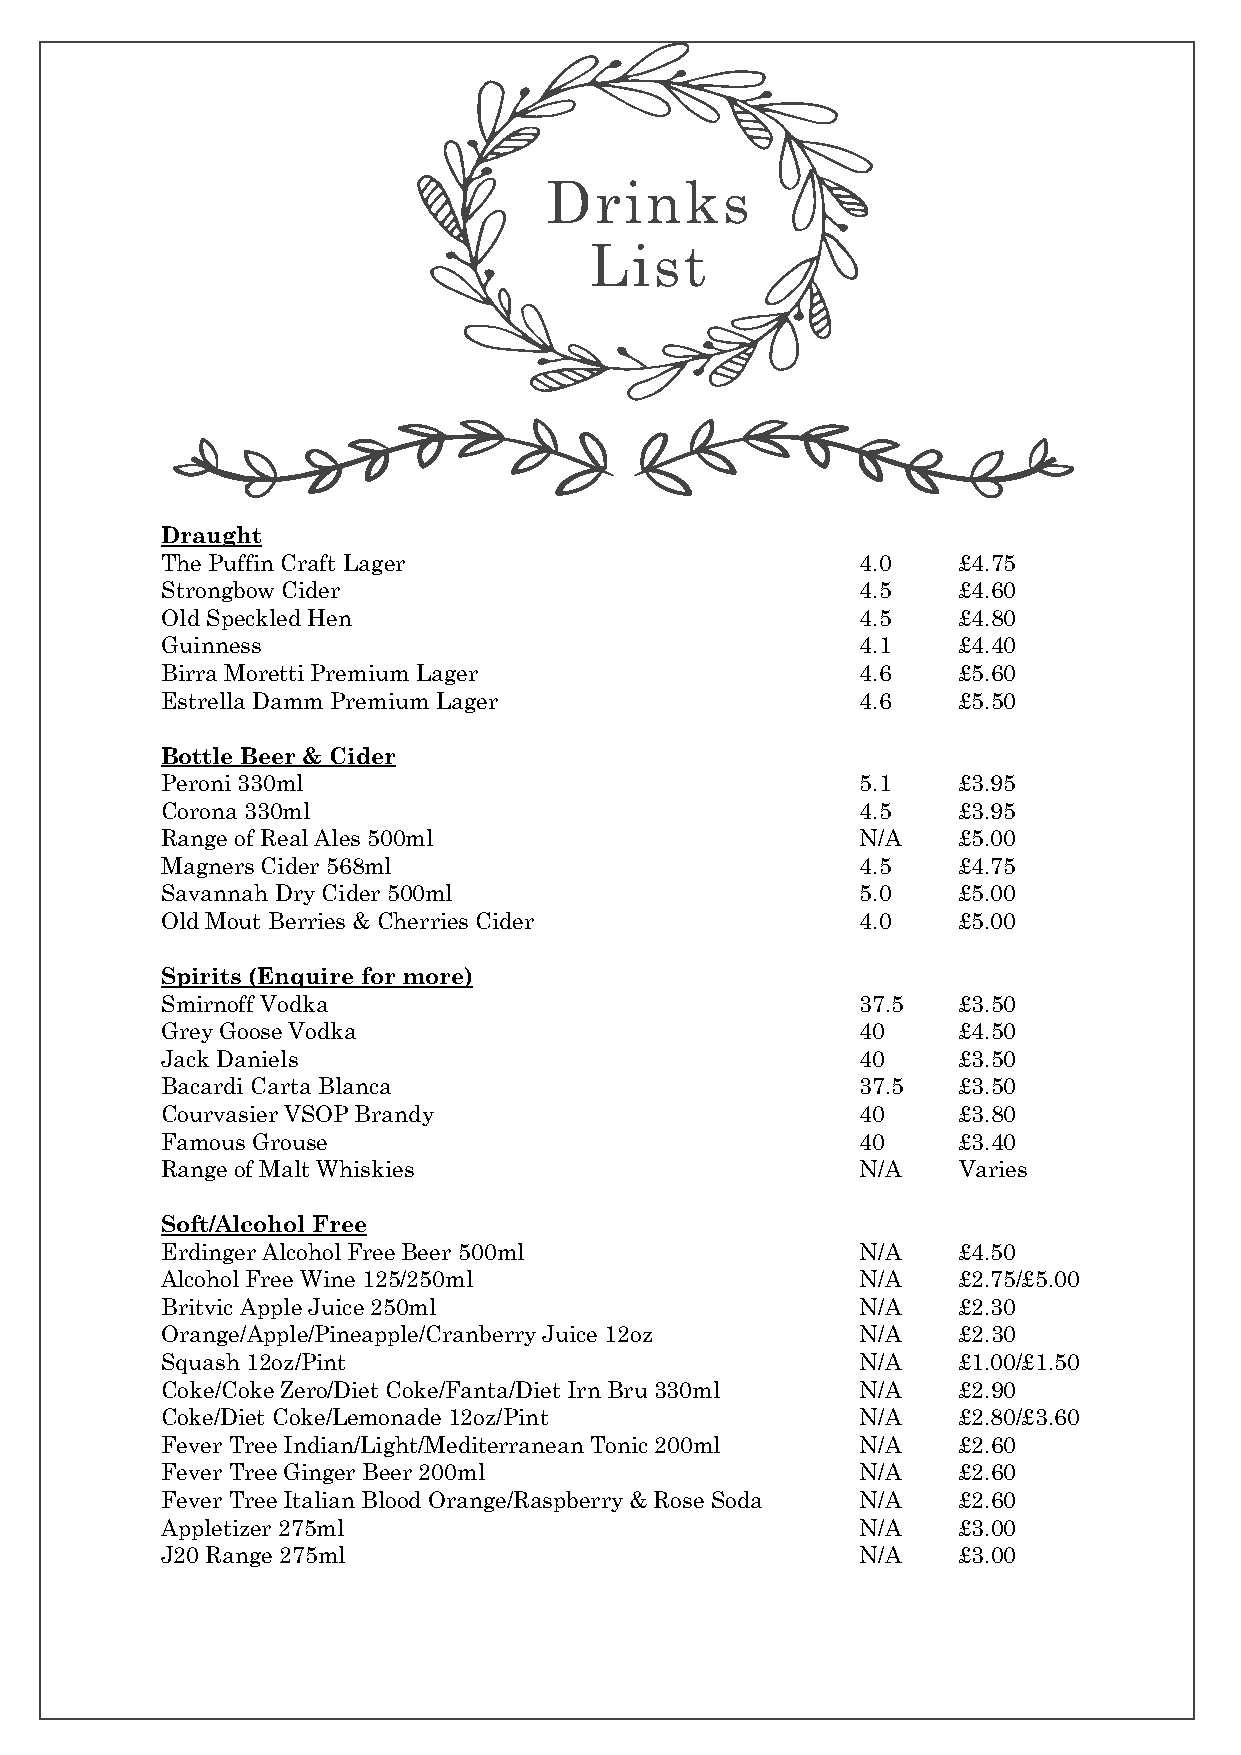
Drinks
 List
 Draught
 The Puffin Craft Lager                        4.0   £4.75
 Strongbow Cider                               4.5   £4.60
 Old Speckled Hen                              4.5   £4.80
 Guinness                                      4.1   £4.40
 Birra Moretti Premium Lager                   4.6   £5.60
 Estrella Damm Premium Lager                   4.6   £5.50
 Bottle Beer & Cider
 Peroni 330ml                                  5.1   £3.95
 Corona 330ml                                  4.5   £3.95
 Range of Real Ales 500ml                      N/A   £5.00
 Magners Cider 568ml                           4.5   £4.75
 Savannah Dry Cider 500ml                      5.0   £5.00
 Old Mout Berries & Cherries Cider             4.0   £5.00
 Spirits (Enquire for more)
 Smirnoff Vodka                                37.5  £3.50
 Grey Goose Vodka                              40    £4.50
 Jack Daniels                                  40    £3.50
 Bacardi Carta Blanca                          37.5  £3.50
 Courvasier VSOP Brandy                        40    £3.80
 Famous Grouse                                 40    £3.40
 Range of Malt Whiskies                        N/A   Varies
 Soft/Alcohol Free
 Erdinger Alcohol Free Beer 500ml              N/A   £4.50
 Alcohol Free Wine 125/250ml                   N/A   £2.75/£5.00
 Britvic Apple Juice 250ml                     N/A   £2.30
 Orange/Apple/Pineapple/Cranberry Juice 12oz   N/A   £2.30
 Squash 12oz/Pint                              N/A   £1.00/£1.50
 Coke/Coke Zero/Diet Coke/Fanta/Diet Irn Bru 330ml N/A £2.90
 Coke/Diet Coke/Lemonade 12oz/Pint             N/A   £2.80/£3.60
 Fever Tree Indian/Light/Mediterranean Tonic 200ml N/A £2.60
 Fever Tree Ginger Beer 200ml                  N/A   £2.60
 Fever Tree Italian Blood Orange/Raspberry & Rose Soda N/A £2.60
 Appletizer 275ml                              N/A   £3.00
 J20 Range 275ml                               N/A   £3.00